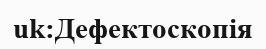
uk:Дефектоскопія